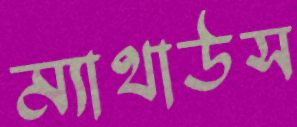
ম্যাথাউস